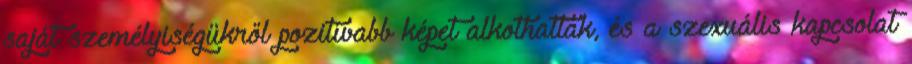
saját személyiségükről pozitívabb képet alkothattak, és a szexuális kapcsolat